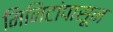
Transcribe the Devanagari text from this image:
मिनिटांपासून